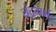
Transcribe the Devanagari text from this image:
चंद्रगर्भ